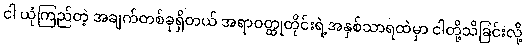
ငါ ယုံကြည်တဲ့ အချက်တစ်ခုရှိတယ် အရာဝတ္ထုတိုင်းရဲ့အနှစ်သာရထဲမှာ ငါတို့သိခြင်းလို့